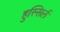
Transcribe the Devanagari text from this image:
हुस्सिर्ल